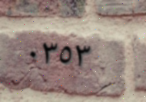
٠٣٥٣